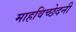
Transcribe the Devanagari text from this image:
माहविच्छेदनी